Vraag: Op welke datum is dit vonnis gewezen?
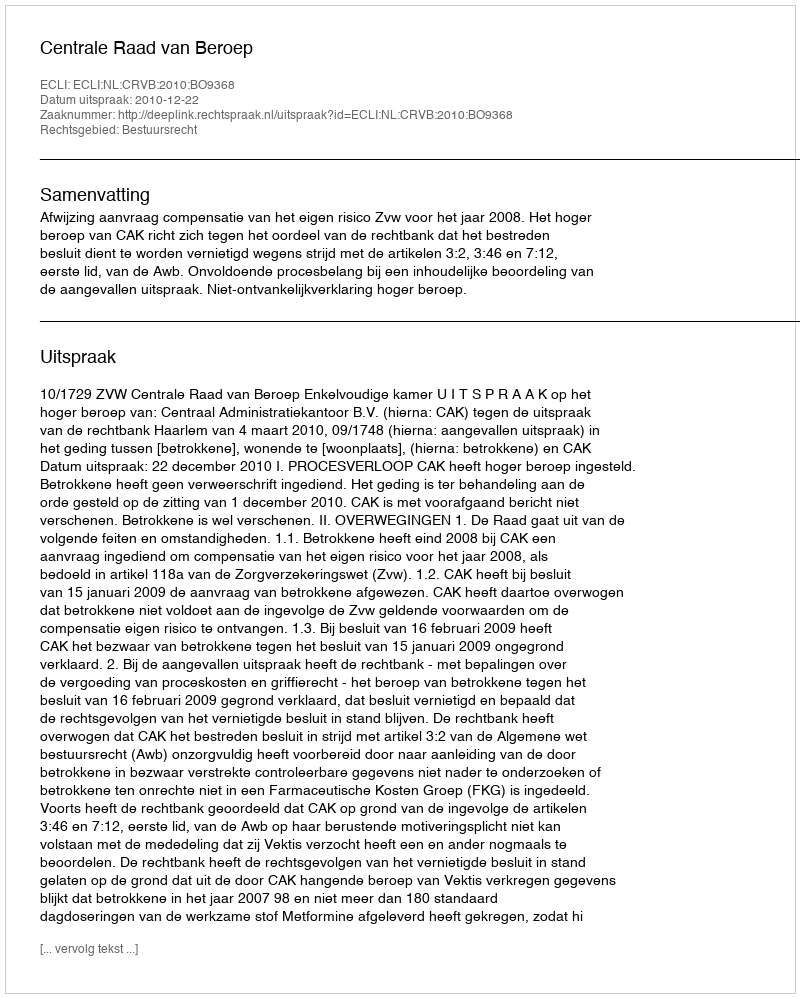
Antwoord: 2010-12-22